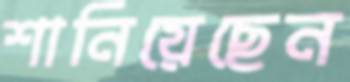
শানিয়েছেন